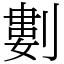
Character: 𠞭